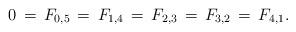
LaTeX: \begin{align*}0\,=\,F_{0,5}\,=\,F_{1,4}\,=\,F_{2,3}\,=\,F_{3,2}\,=\,F_{4,1}.\end{align*}